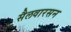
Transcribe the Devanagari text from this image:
सैलवारसन